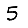
Digit: 5